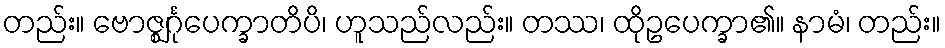
တည်း။ ဗောဇ္ဈင်္ဂုပေက္ခာတိပိ၊ ဟူသည်လည်း။ တဿ၊ ထိုဥပေက္ခာ၏။ နာမံ၊ တည်း။